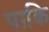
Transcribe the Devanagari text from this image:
पाकि